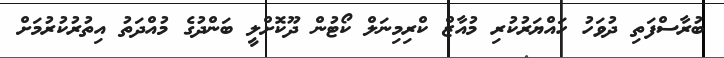
ބުރާސްފަތި ދުވަހު ހައްޔަރުކުރި މުއާޒް ކްރިމިނަލް ކޯޓުން ދޫކޮށްލީ ބަންދުގެ މުއްދަތު އިތުރުކުރުމަށް